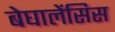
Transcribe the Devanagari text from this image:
बेघालेंसिस